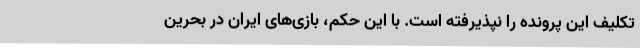
تکلیف این پرونده را نپذیرفته است. با این حکم، بازی‌های ایران در بحرین